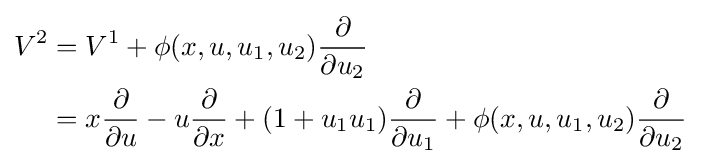
{\begin{aligned}V^{2}&=V^{1}+\phi (x,u,u_{1},u_{2}){\frac {\partial }{\partial u_{2}}}\\&=x{\frac {\partial }{\partial u}}-u{\frac {\partial }{\partial x}}+(1+u_{1}u_{1}){\frac {\partial }{\partial u_{1}}}+\phi (x,u,u_{1},u_{2}){\frac {\partial }{\partial u_{2}}}\end{aligned}}